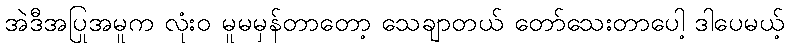
အဲဒီအပြုအမူက လုံးဝ မူမမှန်တာတော့ သေချာတယ် တော်သေးတာပေါ့ ဒါပေမယ့်